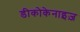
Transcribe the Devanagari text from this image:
डीकोकेनाइज़